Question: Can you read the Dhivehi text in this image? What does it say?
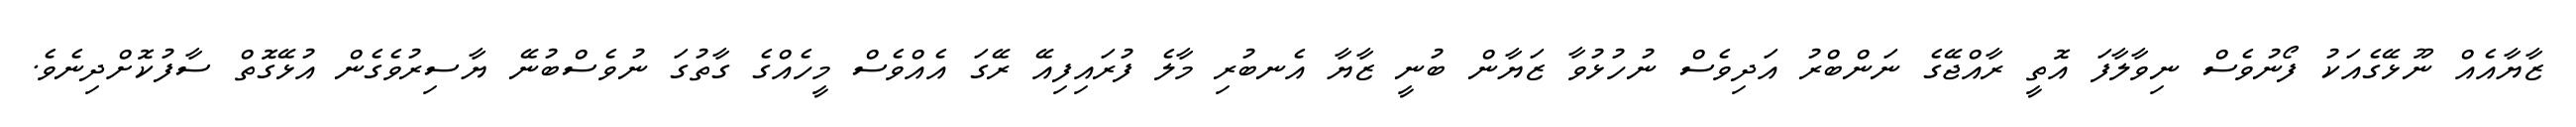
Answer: ޒާޔާއެއް ނޫޅޭގެއަކު ފޯނުވެސް ނިވާލާފަ އޮތީ ރާއްޖޭގެ ނަންބްރު އަދިވެސް ނުހުޅުވާ ޒަޔާން ބުނީ ޒާޔާ އެނބުރި މާލެ ފުރައިފިއޭ ރޭގަ އެއްވެސް މީހެއްގެ ގާތުގަ ނުވެސްބުނޭ ޔާސިރުވެގެން އުޅޭގޮތް ސާފުކޮށްދިނެވެ.